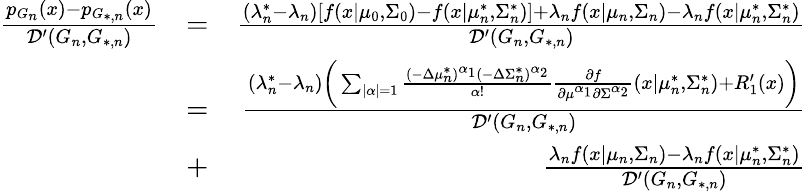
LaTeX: \begin{array}{rlr}{\frac{p_{G_{n}}(x)-p_{G_{*,n}}(x)}{\mathcal{D}^{\prime}(G_{n},G_{*,n})}}&{=}&{\frac{(\lambda_{n}^{*}-\lambda_{n})[f(x|\mu_{0},\Sigma_{0})-f(x|\mu_{n}^{*},\Sigma_{n}^{*})]+\lambda_{n}f(x|\mu_{n},\Sigma_{n})-\lambda_{n}f(x|\mu_{n}^{*},\Sigma_{n}^{*})}{\mathcal{D}^{\prime}(G_{n},G_{*,n})}}\\ &{=}&{\frac{(\lambda_{n}^{*}-\lambda_{n})\biggr(\sum_{|\alpha|=1}\frac{(-\Delta\mu_{n}^{*})^{\alpha_{1}}(-\Delta\Sigma_{n}^{*})^{\alpha_{2}}}{\alpha!}\frac{\partial{f}}{\partial{\mu^{\alpha_{1}}}\partial{\Sigma^{\alpha_{2}}}}(x|\mu_{n}^{*},\Sigma_{n}^{*})+R_{1}^{\prime}(x)\biggr)}{\mathcal{D}^{\prime}(G_{n},G_{*,n})}}\\ &{+}&{\frac{\lambda_{n}f(x|\mu_{n},\Sigma_{n})-\lambda_{n}f(x|\mu_{n}^{*},\Sigma_{n}^{*})}{\mathcal{D}^{\prime}(G_{n},G_{*,n})}}\end{array}